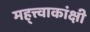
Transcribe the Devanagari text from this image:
मह्त्त्वाकांक्षी